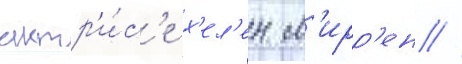
актр'и́с'е х'ел'ен м'ирр'ен //